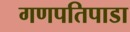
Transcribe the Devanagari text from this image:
गणपतिपाडा